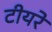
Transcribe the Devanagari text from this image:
टीयरे